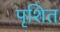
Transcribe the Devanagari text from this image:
पृशित